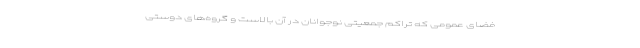
فضای عمومی که تراکم جمعیتی نوجوانان در آن بالاست و گروه‌های دوستی